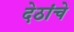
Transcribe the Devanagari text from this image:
देठांचे